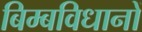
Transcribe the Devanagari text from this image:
बिम्बविधानों